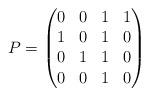
LaTeX: \begin{align*}P=\begin{pmatrix} 0 & 0 & 1 & 1\\ 1 & 0 & 1 & 0\\ 0 & 1 & 1 & 0\\ 0 & 0 & 1 & 0\end{pmatrix}\end{align*}